Statistical return of the lunatic asylum in Assam - 1912-1932
Year: 1912
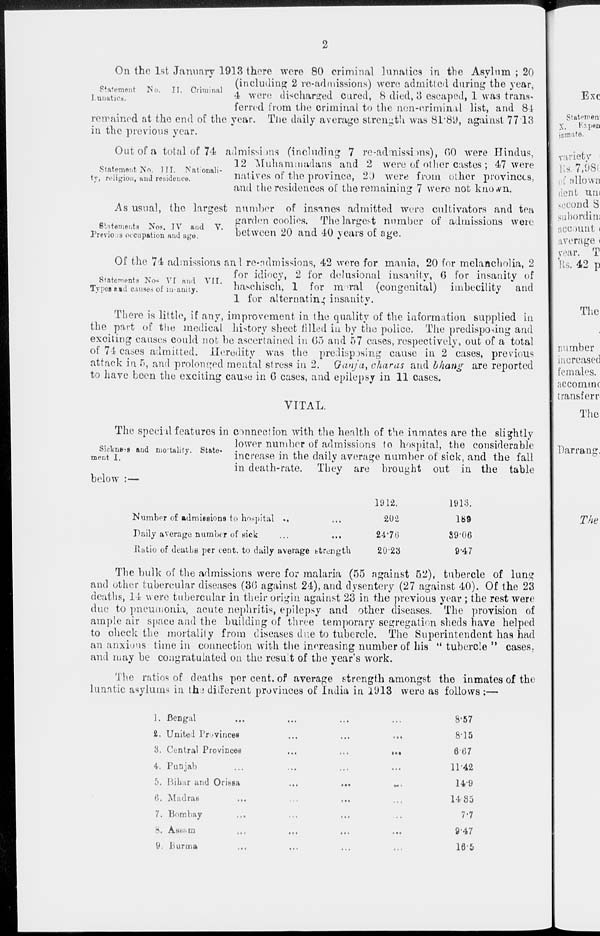
Statement
Lunatics.
No. II. Criminal
On the 1st January 1913 there were 80 criminal lunatics in the Asylum ; 20
(including 2 re-admissions) were admitted during the year,
4 were di^char^ed cured, 8 died, 3 escaped, 1 was trans-
ferred from the criminal to the non-criminal list, and 81
remained at the end of the year. Tlie daily average strength was 81*89, against 77 13
in the previous year.
Out of a total of 74 admissions (including 7 re-admissions), HO were Hindus,
TTT
„ . ,
12 Muhammadans and 2 were of other castes; 47 were
Statement iSo.
TI. iNatonali-
,.
<» ,,
.
nix
r
,1
ty, religion, and residence.
natives or the province, 2J were i roui other provinces,
and the residences of the remaining 7 were not kno»vn.
As usual, the largest number of insanes admitted were cultivators and tea
, „ garden coolies. The largest number of admissions were
Statements Nos. IV and V.
T L
on
J A/\
e
Preview occupation and age.
between 20 and 40 years of age.
Statements No< VI and VII.
Types aid causes of insanity.
Of the 74 admissions anl re-ndmissions, 42 were for mania, 20 for melancholia, 2
for idiocy, 2 for delusional insanity, 6 for insanity of
haschisch, 1 for moral (congenital) imbecility and
1 for alternating insanity.
There is little, if any, improvement in the quality of the information supplied in
the part of the medical history sheet tilled iu by the police. The predisposing and
exciting causes could not be ascertained in 65 and 57 cases, respectively, out of a total
of 74 cases admitted. Heredity was the predisposing cause in 2 cases, previous
attack in 5, and prolonged mental stress in 2. Qanj'a, char as and bhang are reported
to have been the exciting cause in G cases, and epilepsy in 11 cases.
VITAL.
The speciil features in connection with the health of the inmates are the slightly
lower number of admissions to hospital, the considerable
increase in the daily average number of sick, and the fall
They
Sickness and mortality
ment I.
in death-rate.
are
below :—
brought out in
1912.
1913.
202
189
2476
89-06
2023
9-47
the table
Numbor of admissions to hospital ..
Daily average number of sick
...
...
Ratio of deaths per cent, to daily average btrength
The bulk of the admissions were for malaria (55 against 5.2), tubercle of lung
and other tubercular diseases (30 against 24), and dysentery (27 against 40). Of the 23
deaths, 14 were tubercular in their origin against 23 in the previous year ; the rest were
due to pneumonia, acute nephritis, epilepsy and other diseases. The provision of
ample air space and the building of three temporary segregation sheds have helped
to olieck the mortality from diseases due to tubercle. The Superintendent has had
an anxious time in connection with the increasing number of his '•tubercle" cases,
and may be congratulated on the result of the year's work.
The ratios of deaths per cent, of average strength amongst the inmates of the
lunatic asylums in thi dilferent provinces of India in 1U13 were as follows ;—
Exc
Statemen
inmate.
varietv
Rs. 7,981
allowa
dent un<
second S
suhordini
account «
average i
rear. T
Rs. 42 p
The
number
increased
females.
accomrnc
transferr
The
Darrang.
The
1. Bengal
I. United Provinces
3. Central Provinces
4. Punjab
5. Bihar and Oribsa
6. Madras
7. Bombay
8. AsKiim
9. Burma
8'57
8'15
667
11-42
149
1435
7-7
9-47
165